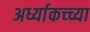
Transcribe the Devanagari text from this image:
अर्ध्याकच्च्या